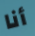
أنا